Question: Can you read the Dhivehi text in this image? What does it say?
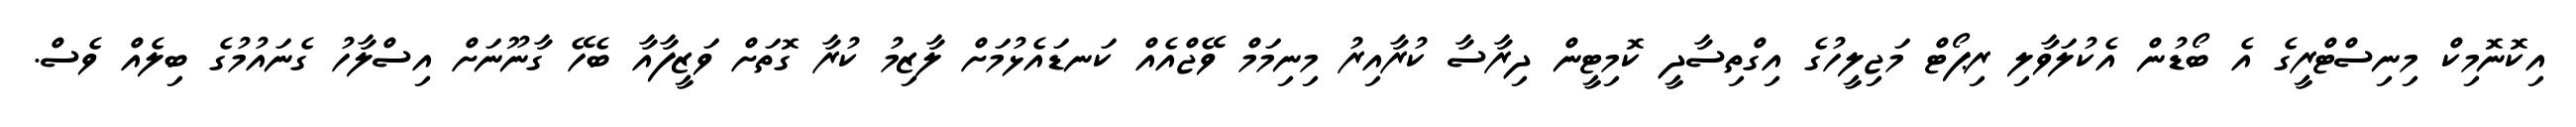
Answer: އިކޮނޮމިކް މިނިސްޓްރީގެ އެ ބޯޑުން އެކުލަވާލި ރިޕޯޓް މަޖިލީހުގެ އިގްތިސާދީ ކޮމިޓީން ދިރާސާ ކުރާއިރު މިނިމަމް ވޭޖްއެއް ކަނޑައެޅުމަށް ލާޒިމު ކުރާ ގޮތަށް ވަޒީފާއާ ބެހޭ ގާނޫނަށް އިސްލާހު ގެނައުމުގެ ބިލެއް ވެސް.